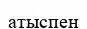
атыспен